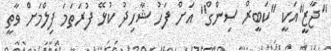
"ޖާޒީ"އަކީ "ކަބީރް ސިންގް" އަށް ފަހު ޝާހިދު ކުޅޭ ފުރަތަމަ ފިލްމަށް ވާތީ